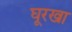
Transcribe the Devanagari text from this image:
घूरखा